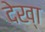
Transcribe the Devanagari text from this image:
देख्‍ा